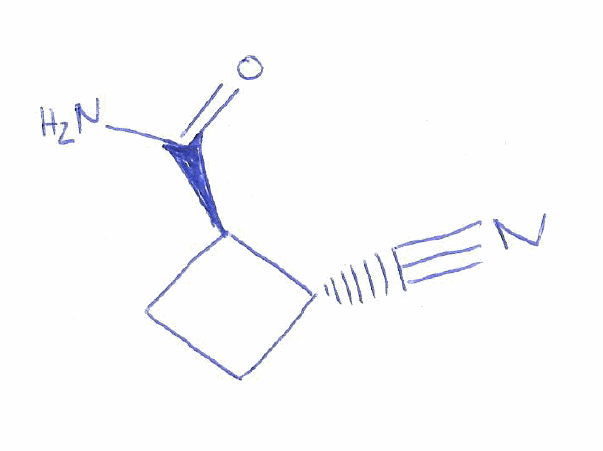
Simplified molecular-input line-entry system (SMILES) notation of the given molecule:
C1C[C@H]([C@@H]1C#N)C(=O)N